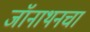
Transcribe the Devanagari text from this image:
जॉनाथनचा